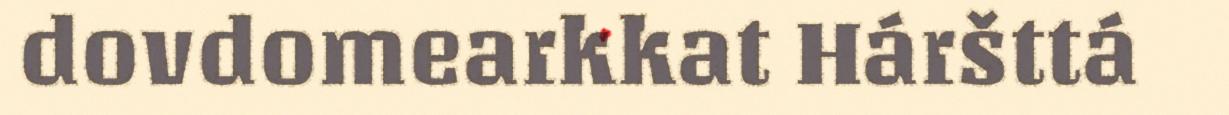
dovdomearkkat Háršttá